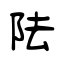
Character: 阹